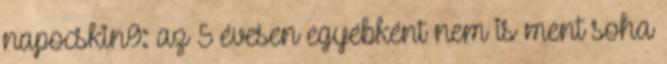
napocskin9: az 5 évesen egyébként nem is ment soha